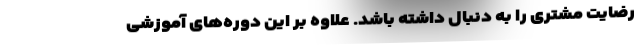
رضایت مشتری را به دنبال داشته باشد. علاوه بر این دوره‌های آموزشی